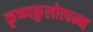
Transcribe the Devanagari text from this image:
कृष्णकुलोत्पन्न